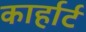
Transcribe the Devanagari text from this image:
कार्हार्ट